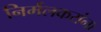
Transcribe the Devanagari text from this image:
निर्मलकरांना